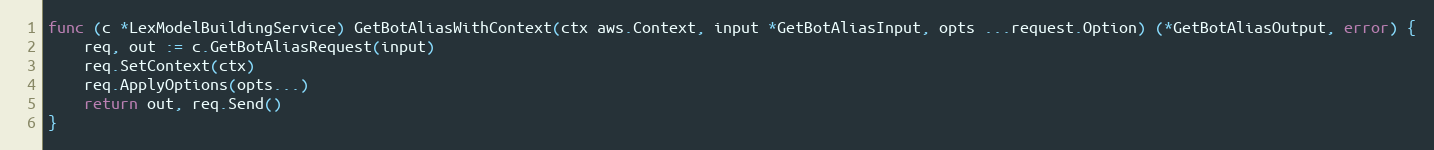
Language: Go
func (c *LexModelBuildingService) GetBotAliasWithContext(ctx aws.Context, input *GetBotAliasInput, opts ...request.Option) (*GetBotAliasOutput, error) {
	req, out := c.GetBotAliasRequest(input)
	req.SetContext(ctx)
	req.ApplyOptions(opts...)
	return out, req.Send()
}